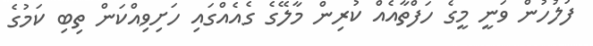
ފުލުހުން ވަނީ މީގެ ހަފްތާއެއް ކުރިން މާލޭގެ ގެއެއްގައި ހަށިވިއްކަން ތިބި ކަމުގެ